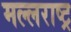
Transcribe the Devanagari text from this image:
मल्लराष्ट्र